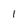
Character: 1